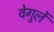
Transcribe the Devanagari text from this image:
वेगुर्ले